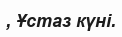
, Ұстаз күні.